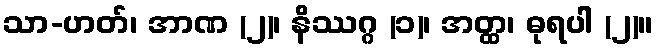
သာ-ဟတ်၊ အာဏ (၂)၊ နိဿဂ္ဂ (၁)၊ အတ္ထ၊ ဓုရပါ (၂)။